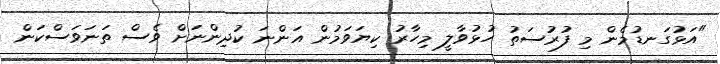
"އަޅުގަނޑުމެން މި ފުރުސަތު ހުޅުވާލީ މިހާރު ކިޔަވަމުން އަންނަ ކުދިންނަށް ވެސް ތަނަވަސްކަން